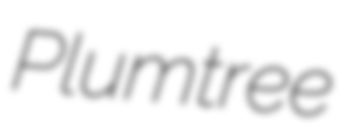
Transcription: Plumtree